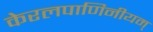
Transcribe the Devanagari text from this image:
केरलपाणिनीयम्